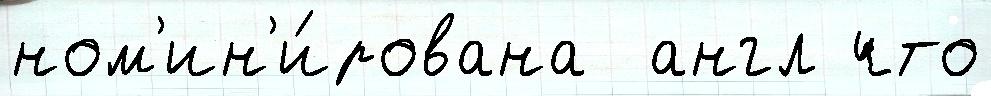
ном'ин'и́рована  англ что